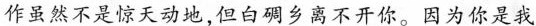
作虽然不是惊天动地，但白碉乡离不开你。因为你是我